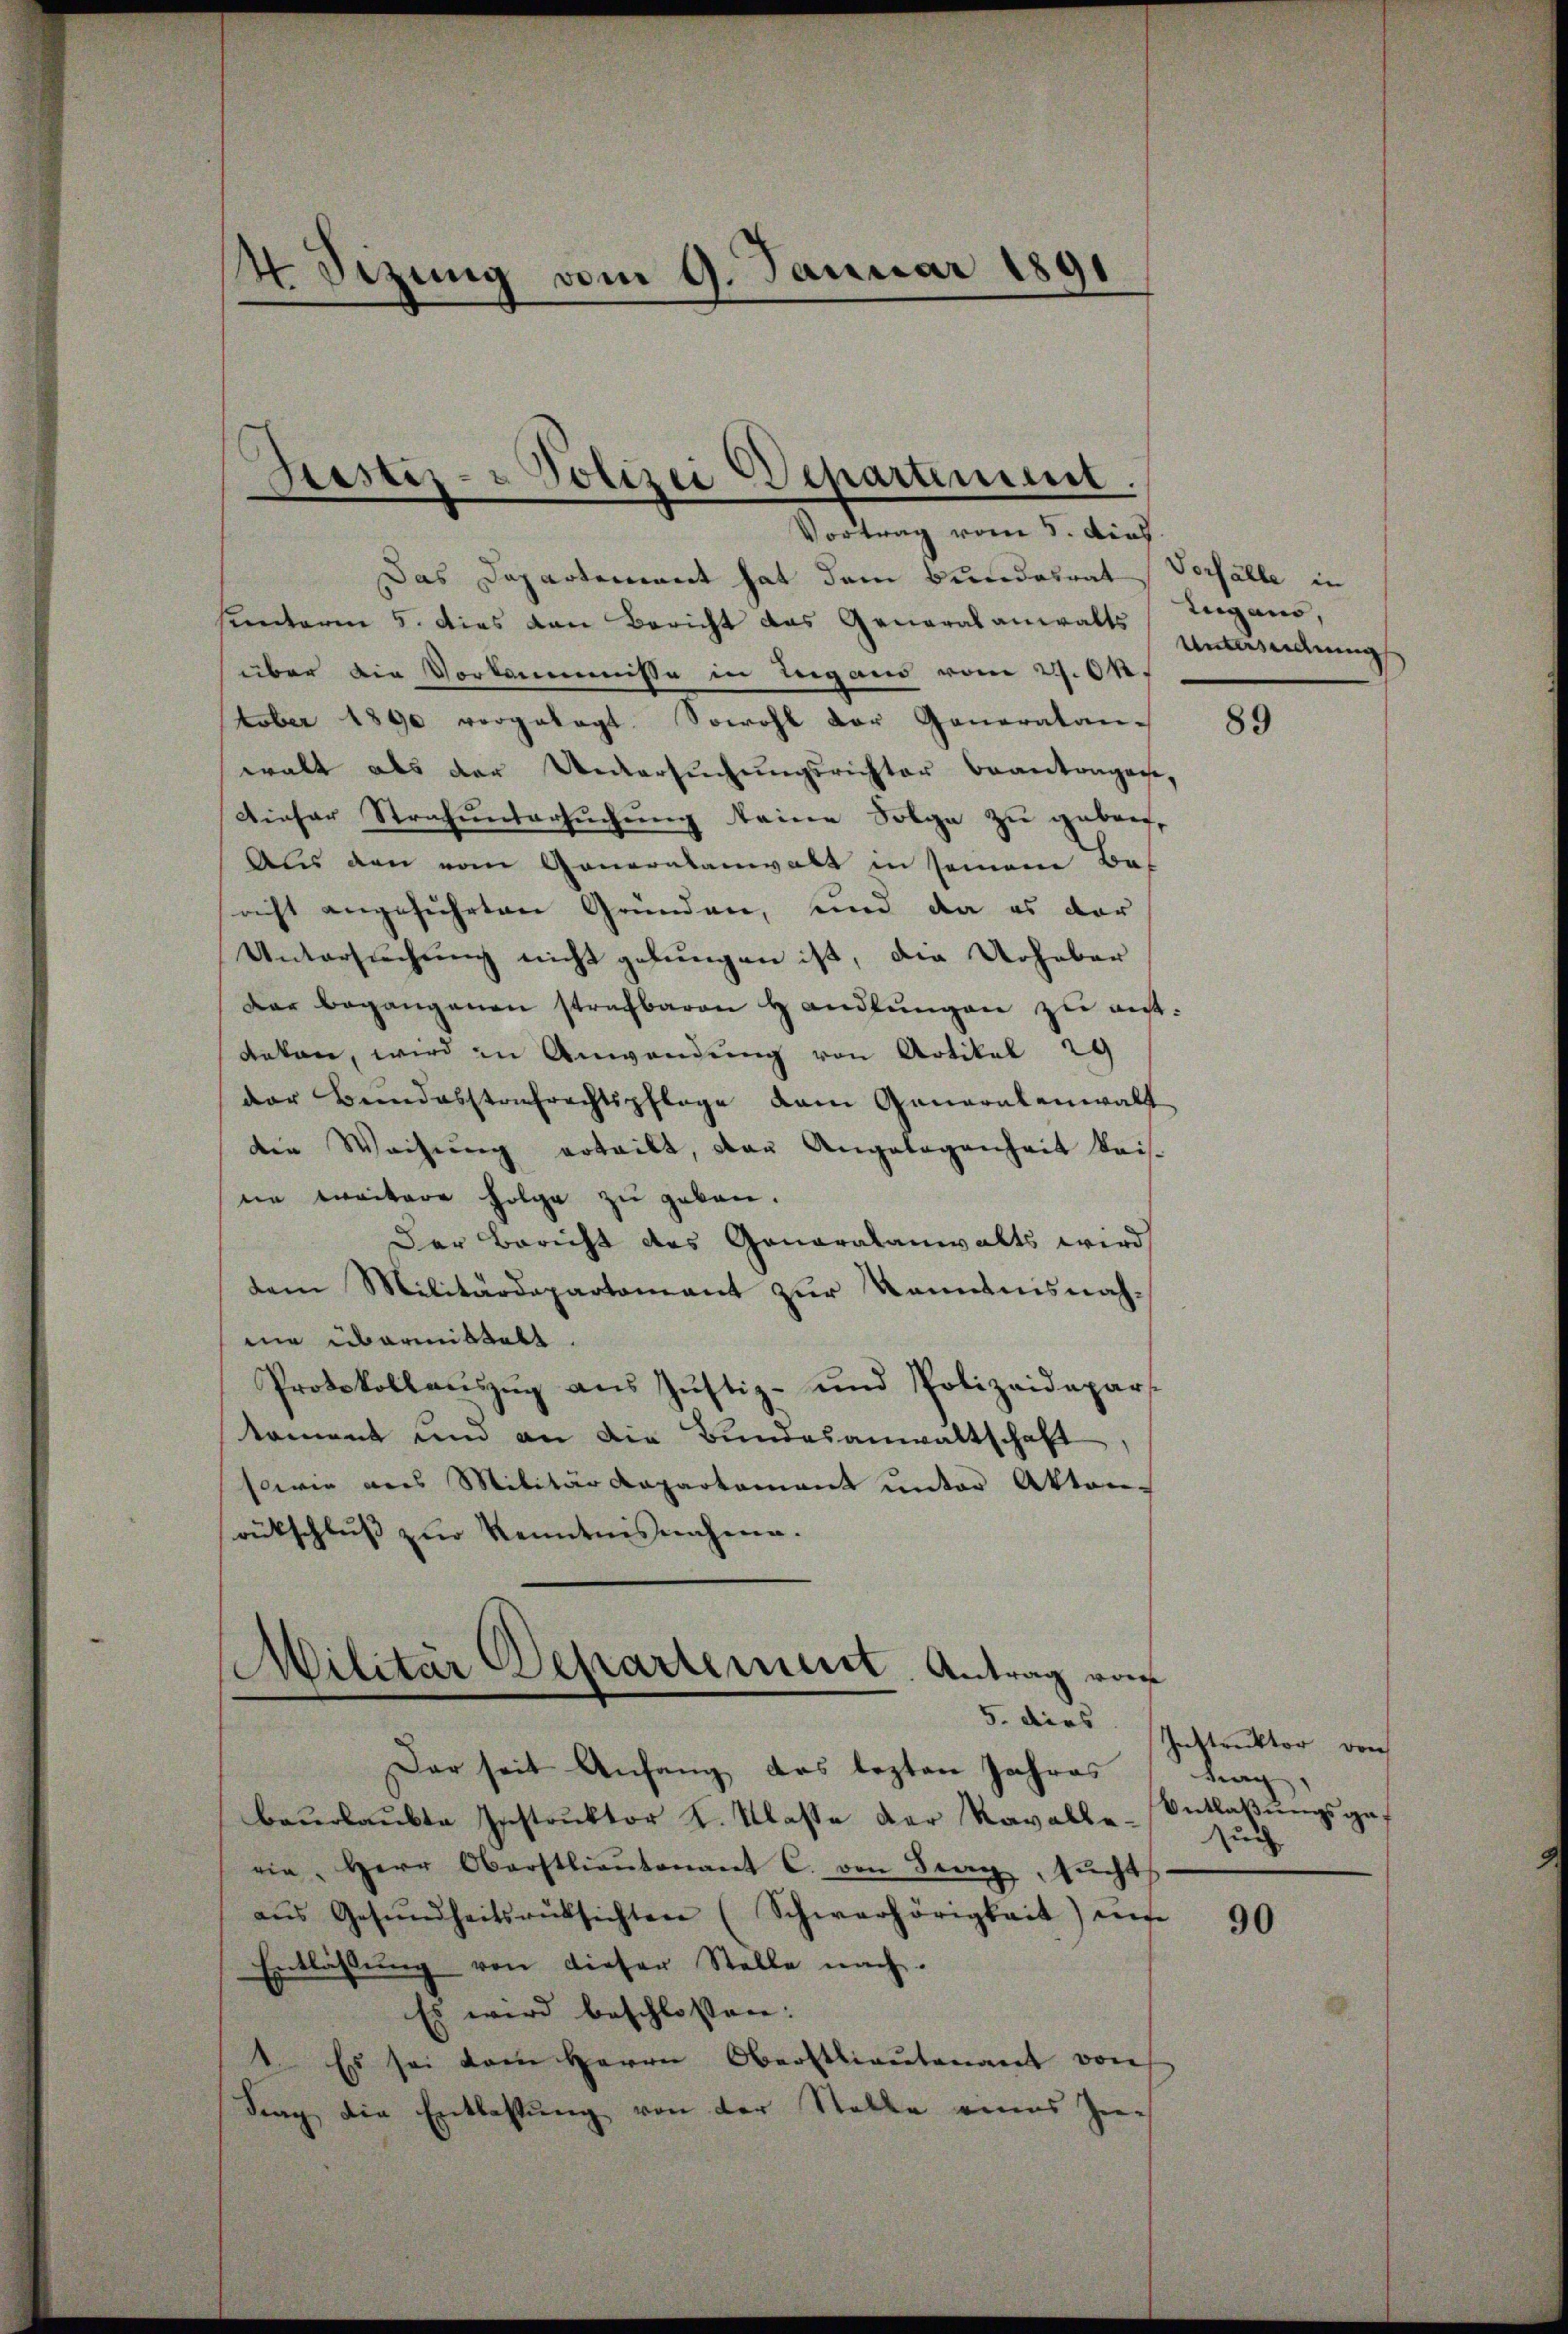
4 Sizung vom 9. Januar 1891

Polizei Departiment.
Justiz-
Vortrag vom 5. dies

Das Departement hat dem Bundesrat Vorfälle in
hunterm 5. dies den Bericht das Generalanwalts
über die Vorkommisse in Lugano vom 29. Ok
tober 1890 vorgelegt. Sowohl der Generatan-
walt als der Untersuchungsrichter Beantragesse,
Dieser Strafuntersuchung keine Folge zu geben,
Aus den vom Generalanwalt in seinem Bef
richt angeführten Gründen, und da es dar
Untersuchung nicht gebungen ist, die Urheber
Dar begangenen strafbaren Handlungen zu antdeken, wird in Anwendung von Artikel 29
der Beidesstrafrechtspflege dem Generalenwalt
die Weisŭng erteilt, das Angelegenheit beis-
ne weitere Folge zu geben.
Der Bericht des Generalanwalts wird
dem Militärdepartement zur Kenntnisnahnie übermittelt.
Protokollauszug aus Justiz- und Polizeidepar
koment und an die Bundesanwaltschaft
sowie aus Militärdepartamant ŭnter Akten-
rückschluß zur Kenntnisnahme.
Militär Departement. Antrag von
5. diess Instruktor doch
Der seit Anfang des lezten Jahres
beurlaubte Instruktor K. Klasse der Kavalle such
ein, Herr Oberstlieutenant C. von Sag, sucht
aŭs Gesŭndheitsrüksichten (Schwerhörigkeit unse
Entlassŭng von dieser Stelle nach.
Es wird beschlossen:
1. Es sei dem Herrn Oberstlieutenant von
Frag die Entlassung von der Stelle eines Zen¬

Lugano,
Untersiedlung

89

trag,
Entlaßungsgef

90